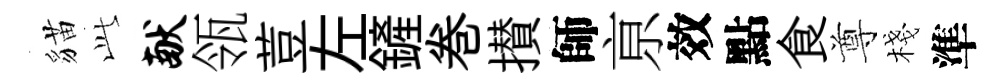
貓𬼘献瓴荳左鏟巻攅師亰效點食尊棧準